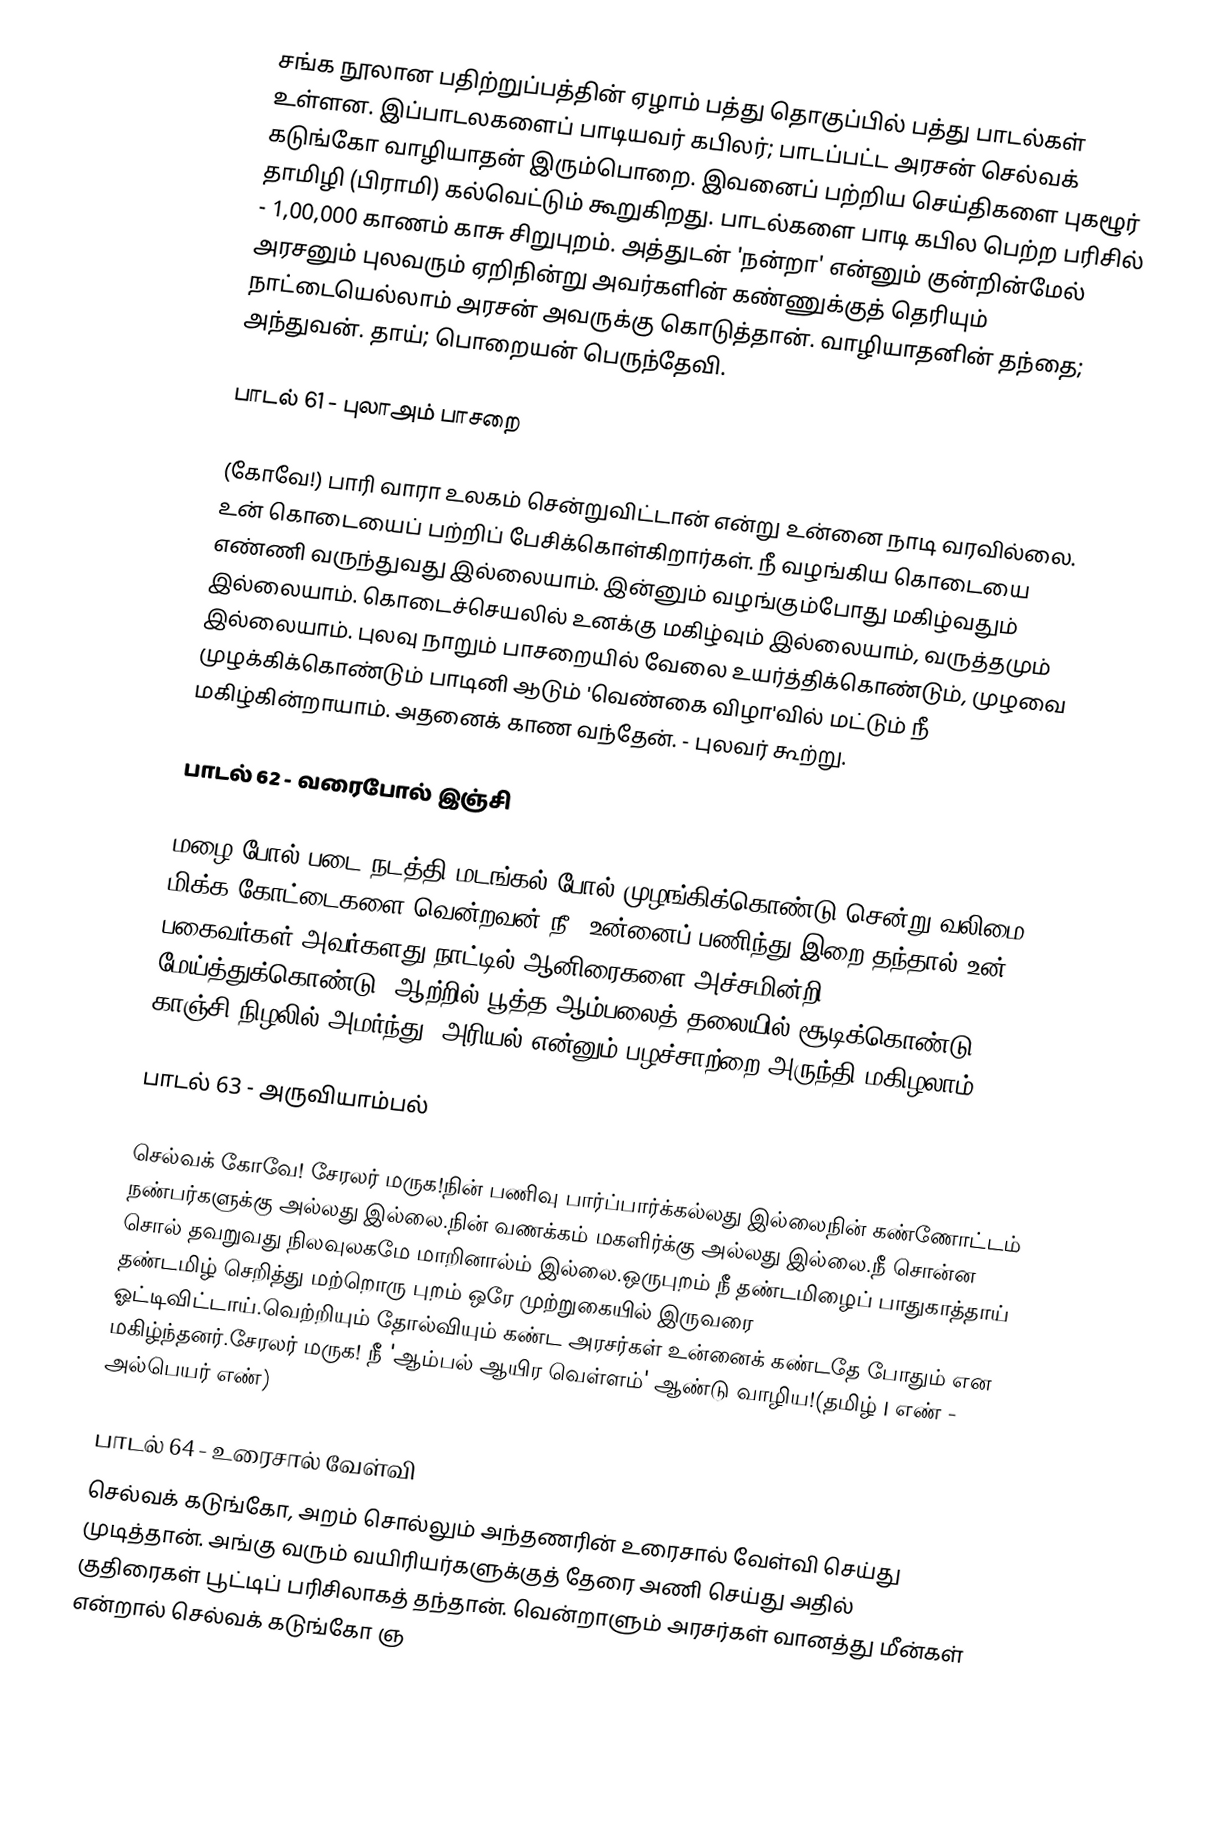
சங்க நூலான பதிற்றுப்பத்தின் ஏழாம் பத்து தொகுப்பில் பத்து பாடல்கள் உள்ளன. இப்பாடலகளைப் பாடியவர் கபிலர்; பாடப்பட்ட அரசன் செல்வக் கடுங்கோ வாழியாதன் இரும்பொறை. இவனைப் பற்றிய செய்திகளை புகழூர் தாமிழி (பிராமி) கல்வெட்டும் கூறுகிறது. பாடல்களை பாடி கபில பெற்ற பரிசில் - 1,00,000 காணம் காசு சிறுபுறம். அத்துடன் 'நன்றா' என்னும் குன்றின்மேல் அரசனும் புலவரும் ஏறிநின்று அவர்களின் கண்ணுக்குத் தெரியும் நாட்டையெல்லாம் அரசன் அவருக்கு கொடுத்தான். வாழியாதனின் தந்தை; அந்துவன். தாய்; பொறையன் பெருந்தேவி.

பாடல் 61 - புலாஅம் பாசறை

(கோவே!) பாரி வாரா உலகம் சென்றுவிட்டான் என்று உன்னை நாடி வரவில்லை. உன் கொடையைப் பற்றிப் பேசிக்கொள்கிறார்கள். நீ வழங்கிய கொடையை எண்ணி வருந்துவது இல்லையாம். இன்னும் வழங்கும்போது மகிழ்வதும் இல்லையாம். கொடைச்செயலில் உனக்கு மகிழ்வும் இல்லையாம், வருத்தமும் இல்லையாம். புலவு நாறும் பாசறையில் வேலை உயர்த்திக்கொண்டும், முழவை முழக்கிக்கொண்டும் பாடினி ஆடும் 'வெண்கை விழா'வில் மட்டும் நீ மகிழ்கின்றாயாம். அதனைக் காண வந்தேன். - புலவர் கூற்று.

பாடல் 62 - வரைபோல் இஞ்சி

மழை போல் படை நடத்தி மடங்கல் போல் முழங்கிக்கொண்டு சென்று வலிமை மிக்க கோட்டைகளை வென்றவன் நீ. உன்னைப் பணிந்து இறை தந்தால் உன் பகைவர்கள் அவர்களது நாட்டில் ஆனிரைகளை அச்சமின்றி மேய்த்துக்கொண்டு, ஆற்றில் பூத்த ஆம்பலைத் தலையில் சூடிக்கொண்டு, காஞ்சி நிழலில் அமர்ந்து, அரியல் என்னும் பழச்சாற்றை அருந்தி மகிழலாம்.

பாடல் 63 - அருவியாம்பல்

செல்வக் கோவே! சேரலர் மருக!நின் பணிவு பார்ப்பார்க்கல்லது இல்லைநின் கண்ணோட்டம் நண்பர்களுக்கு அல்லது இல்லை.நின் வணக்கம் மகளிர்க்கு அல்லது இல்லை.நீ சொன்ன சொல் தவறுவது நிலவுலகமே மாறினால்ம் இல்லை.ஒருபுறம் நீ தண்டமிழைப் பாதுகாத்தாய் தண்டமிழ் செறித்து மற்றொரு புறம் ஒரே முற்றுகையில் இருவரை ஓட்டிவிட்டாய்.வெற்றியும் தோல்வியும் கண்ட அரசர்கள் உன்னைக் கண்டதே போதும் என மகிழ்ந்தனர்.சேரலர் மருக! நீ 'ஆம்பல் ஆயிர வெள்ளம்' ஆண்டு வாழிய!(தமிழ் | எண் - அல்பெயர் எண்)

பாடல் 64 - உரைசால் வேள்வி
செல்வக் கடுங்கோ, அறம் சொல்லும் அந்தணரின் உரைசால் வேள்வி செய்து முடித்தான். அங்கு வரும் வயிரியர்களுக்குத் தேரை அணி செய்து அதில் குதிரைகள் பூட்டிப் பரிசிலாகத் தந்தான். வென்றாளும் அரசர்கள் வானத்து மீன்கள் என்றால் செல்வக் கடுங்கோ ஞ